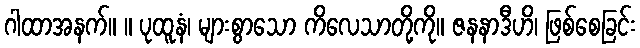
ဂါထာအနက်။ ။ ပုထူနံ၊ များစွာသော ကိလေသာတို့ကို။ ဇနနာဒီဟိ၊ ဖြစ်စေခြင်း